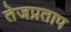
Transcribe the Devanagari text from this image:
तेजप्रताप